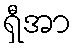
ရှီအာ